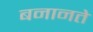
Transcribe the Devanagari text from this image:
बनानते